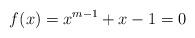
LaTeX: \begin{align*}f(x) = x^{m-1}+x-1 = 0 \end{align*}